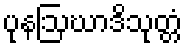
ပုနဩဃာဒိသုတ္တံ